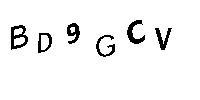
BD9GCV